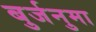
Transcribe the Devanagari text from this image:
बुर्जनुमा